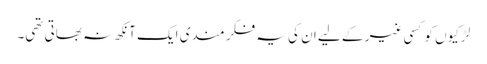
لڑکیوں کو کسی غیر کے لیے ان کی یہ فکر مندی ایک آنکھ نہ بھاتی تھی۔